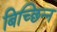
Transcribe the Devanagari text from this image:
बिच्छिन्न